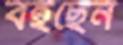
বইছেন